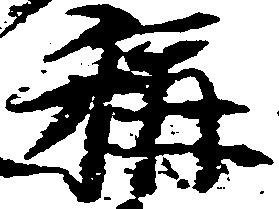
称